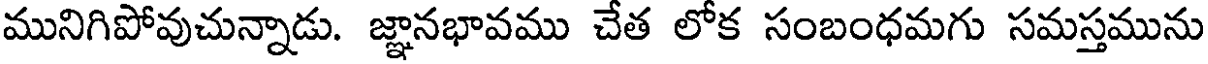
మునిగిపోవుచున్నాడు. జ్ఞానభావము చేత లోక సంబంధమగు సమస్తమును